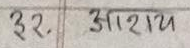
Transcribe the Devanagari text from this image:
३२. आशय